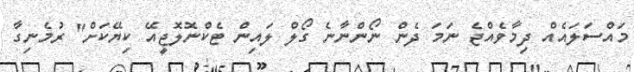
މައްސަލައެއް ދިމާވެއްޖެ ނަމަ ދެން ނޯންނާނެ ގޯލް ލައިން ޓެކްނޮލޮޖީއޭ ކިޔޭކަށް" ރުމެނިގާ